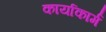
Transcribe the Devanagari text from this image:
कार्याकार्म